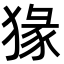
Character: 猭